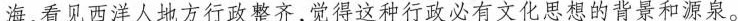
海，看见西洋人地方行政整齐，觉得这种行政必有文化思想的背景和源泉。